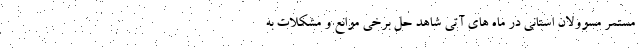
مستمر مسوولان استانی در ماه های آتی شاهد حل برخی موانع و مشکلات به